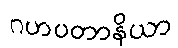
ဂဟပတာနိယာ